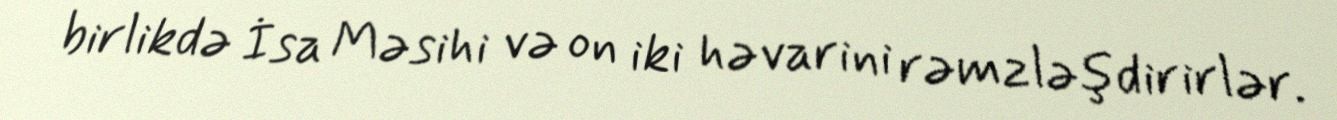
birlikdə İsa Məsihi və on iki həvarini rəmzləşdirirlər.